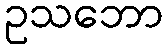
ဥသဘော